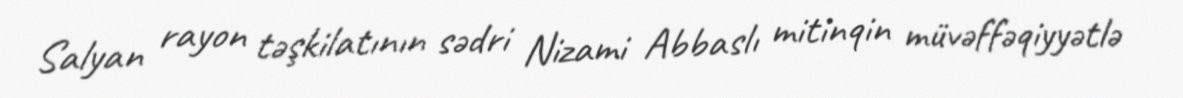
Salyan rayon təşkilatının sədri Nizami Abbaslı mitinqin müvəffəqiyyətlə